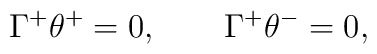
\Gamma^+\theta^+=0, \qquad \Gamma^+\theta^-=0,